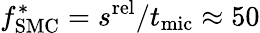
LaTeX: f_{\mathrm{SMC}}^{*}=s^{\mathrm{rel}}/t_{\mathrm{mic}}\approx 50